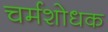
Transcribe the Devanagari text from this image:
चर्मशोधक